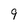
Character: 9